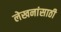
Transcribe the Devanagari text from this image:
लेखनांसाठी